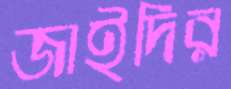
জাইদির